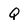
Character: Q